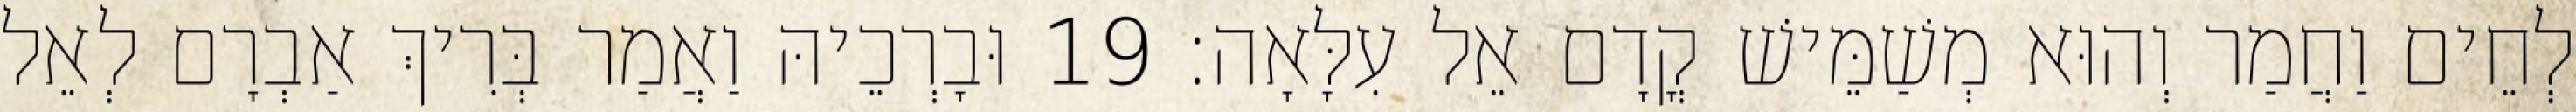
לְחֵים וַחֲמַר וְהוּא מְשַׁמֵּישׁ קֳדָם אֵל עִלָּאָה׃ 19 וּבָרְכֵיהּ וַאֲמַר בְּרִיךְ אַבְרָם לְאֵל